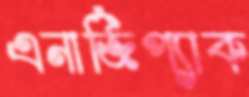
এনার্জিপ্যাক